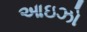
આઇઝો